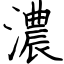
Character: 濃